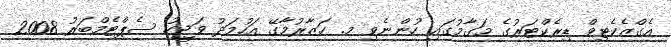
އެގްޒެކެޓިވް ޑިރެކްޓަރުގެ މަގާމުގައި ހުންނެވި މ. ހަޒާރުމާގޭ އަހުމަދު ވަޖީހު ސެޕްޓެމްބަރު 2008